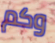
وكم